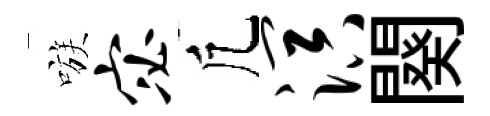
嗾宓凢溟闋